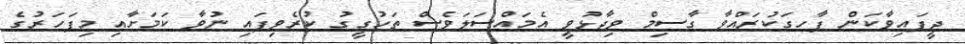
ދީފައިވާކަން ފާހގަކުރައްވާ ގާސިމް ވިދާޅުވީ އެމައްސަލަވެސް ތަހުގީގު ކުރެވިފައި ނުވާ ކަމަށާއި މިފަހަރުގެ